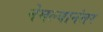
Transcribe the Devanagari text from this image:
नेमल्यानंतर